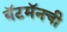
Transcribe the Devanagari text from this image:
बॅटमॅनची